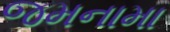
જમનામા